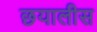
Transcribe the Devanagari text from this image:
छयालीस